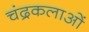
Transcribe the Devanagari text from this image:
चंद्रकलाओं